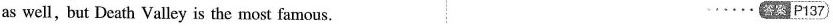
as well,but Death Valley is the most famous. 答案 P137